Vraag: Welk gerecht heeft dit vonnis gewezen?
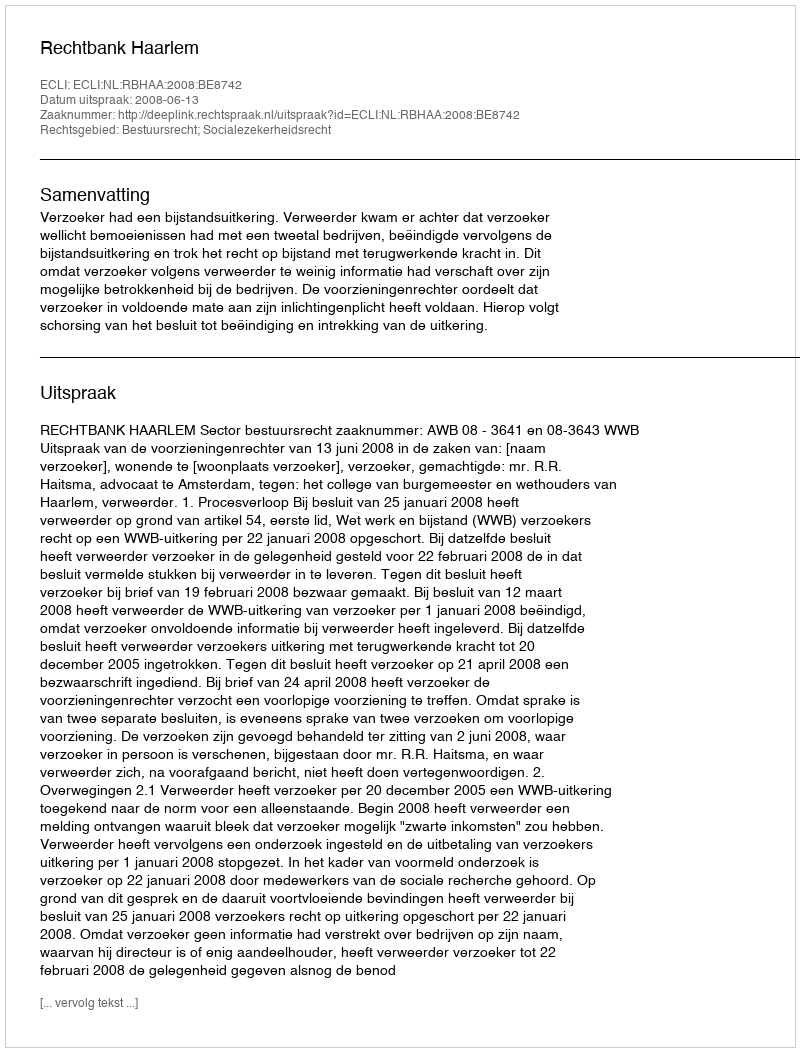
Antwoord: Rechtbank Haarlem